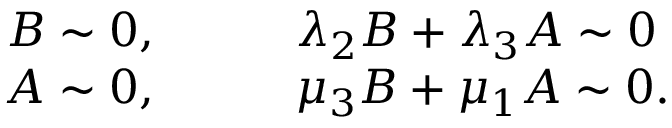
\begin{array} { r l } { B \sim 0 , } & { { } \qquad \lambda _ { 2 } B + \lambda _ { 3 } A \sim 0 } \\ { A \sim 0 , } & { { } \qquad \mu _ { 3 } B + \mu _ { 1 } A \sim 0 . } \end{array}